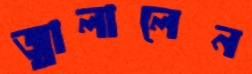
জ্বালালেন